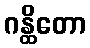
ဂန္ထိတော